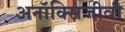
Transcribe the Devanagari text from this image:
अनॉक्सिजीवी